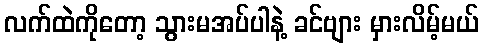
လက်ထဲကိုတော့ သွားမအပ်ပါနဲ့ ခင်ဗျား မှားလိမ့်မယ်